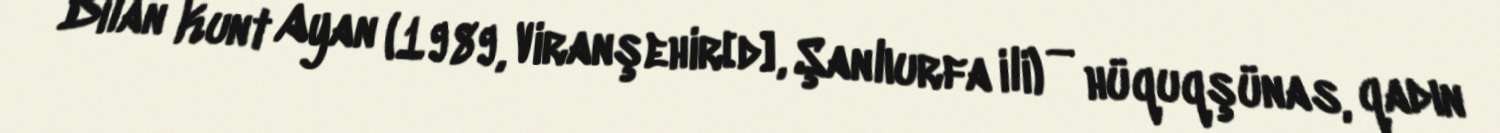
Dilan Kunt Ayan (1989, Viranşehir[d], Şanlıurfa ili) — hüquqşünas, qadın